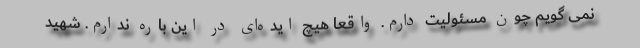
نمی گویم چون مسئولیت دارم. واقعا هیچ ایده‌ای در این باره ندارم. شهید